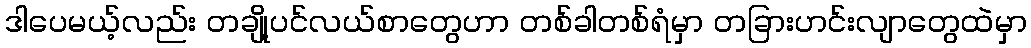
ဒါပေမယ့်လည်း တချို့ပင်လယ်စာတွေဟာ တစ်ခါတစ်ရံမှာ တခြားဟင်းလျာတွေထဲမှာ